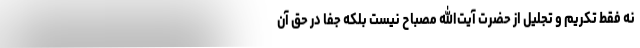
نه فقط تکریم و تجلیل از حضرت آیت‌الله مصباح نیست بلکه جفا در حق آن